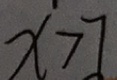
x > 7